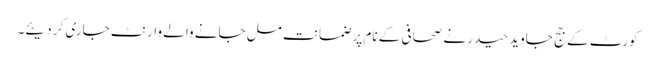
کورٹ کے جج جاوید حیدر نے صحافی کے نام پر ضمانت مل جانے والے وارنٹ جاری کر دیئے۔